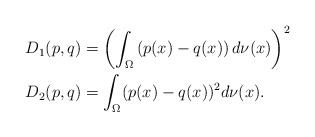
\begin{align*} D_1(p,q) &= \left(\int_{\Omega} \left(p(x)-q(x)\right)d\nu(x)\right)^2\\ D_2(p,q) &= \int_{\Omega} (p(x)-q(x))^2d\nu(x).\end{align*}